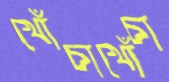
খোঁচাখোঁচা